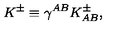
K ^ { \pm } \equiv \gamma ^ { A B } K _ { A B } ^ { \pm } ,